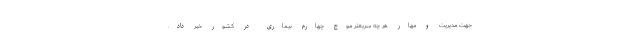
جهت مدیریت و مهار هر چه سریعتر موج چهارم بیماری در کشور خبر داد.